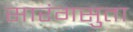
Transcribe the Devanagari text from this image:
सारंगसुता